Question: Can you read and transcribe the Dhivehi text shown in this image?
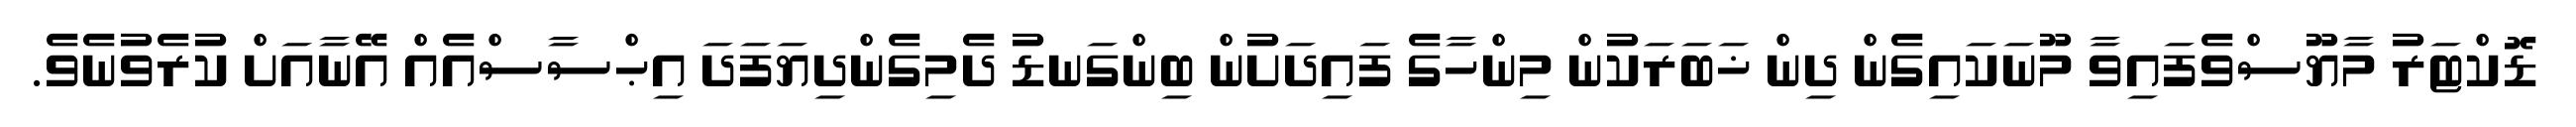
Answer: ޑޮކްޓަރު މާޔޫސްވެފައިވާ މޫނަކައިގެން ދިން ޚަބަރަކުން މިންހާގެ ފައިދަށުން ބިންގަނޑު ދެމިގެންދިޔަފަދަ އިޙްސާސްއެއް އޭނާއަށް ކުރެވުނެވެ.